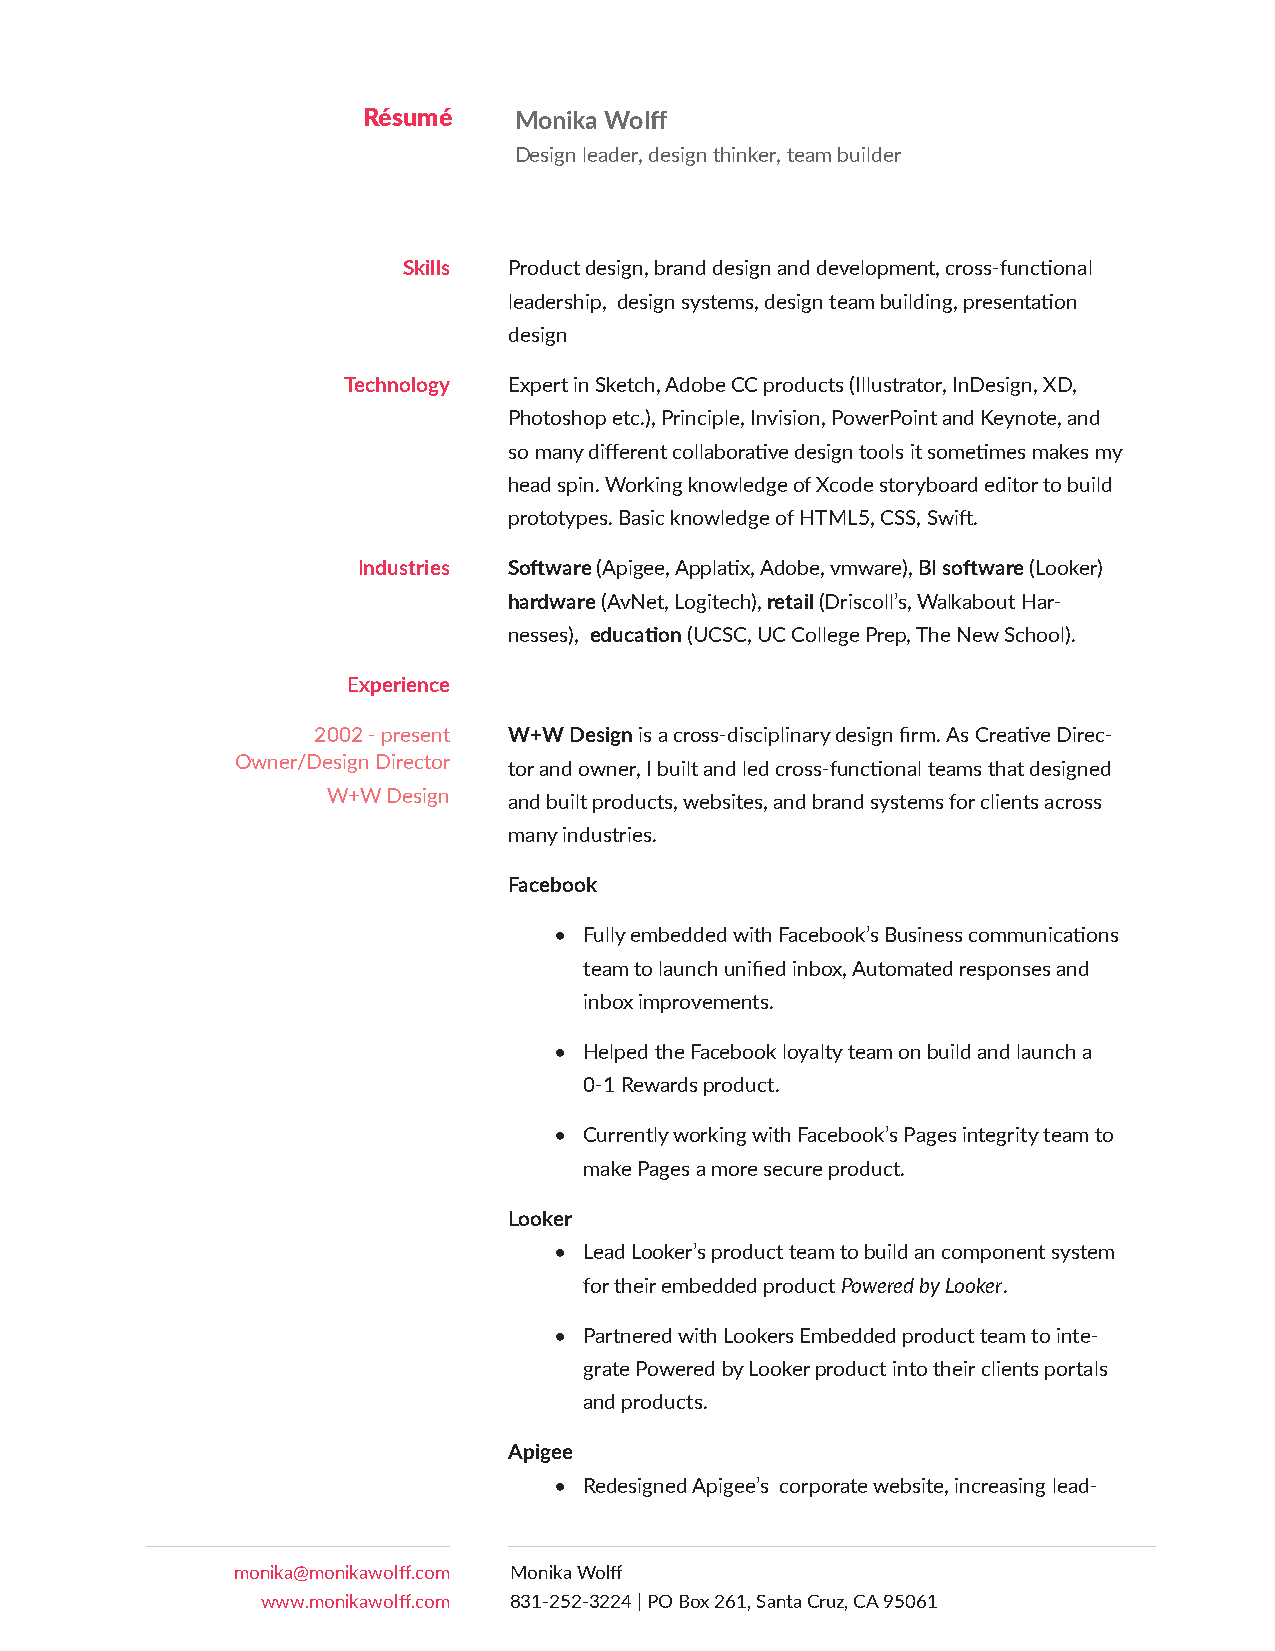
Résumé    Monika Wolff
 Design leader, design thinker, team builder
 Skills Product design, brand design and development, cross-functional
 leadership, design systems, design team building, presentation
 design
 Technology Expert in Sketch, Adobe CC products (Illustrator, InDesign, XD,
 Photoshop etc.), Principle, Invision, PowerPoint and Keynote, and
 so many different collaborative design tools it sometimes makes my
 head spin. Working knowledge of Xcode storyboard editor to build
 prototypes. Basic knowledge of HTML5, CSS, Swift.
 Industries Software (Apigee, Applatix, Adobe, vmware), BI software (Looker)
 hardware (AvNet, Logitech), retail (Driscoll’s, Walkabout Har-
 nesses), education (UCSC, UC College Prep, The New School).
 Experience
 2002 - present W+W Design is a cross-disciplinary design firm. As Creative Direc-
 Owner/Design Director tor and owner, I built and led cross-functional teams that designed
 W+W Design  and built products, websites, and brand systems for clients across
 many industries.
 Facebook
 • Fully embedded with Facebook’s Business communications
 team to launch unified inbox, Automated responses and
 inbox improvements.
 • Helped the Facebook loyalty team on build and launch a
 0-1 Rewards product.
 • Currently working with Facebook’s Pages integrity team to
 make Pages a more secure product.
 Looker
 • Lead Looker’s product team to build an component system
 for their embedded product Powered by Looker.
 • Partnered with Lookers Embedded product team to inte-
 grate Powered by Looker product into their clients portals
 and products.
 Apigee
 • Redesigned Apigee’s corporate website, increasing lead-
 monika@monikawolff.com Monika Wolff
 www.monikawolff.com 831-252-3224 | PO Box 261, Santa Cruz, CA 95061